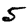
Digit: 5